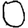
Digit: 0